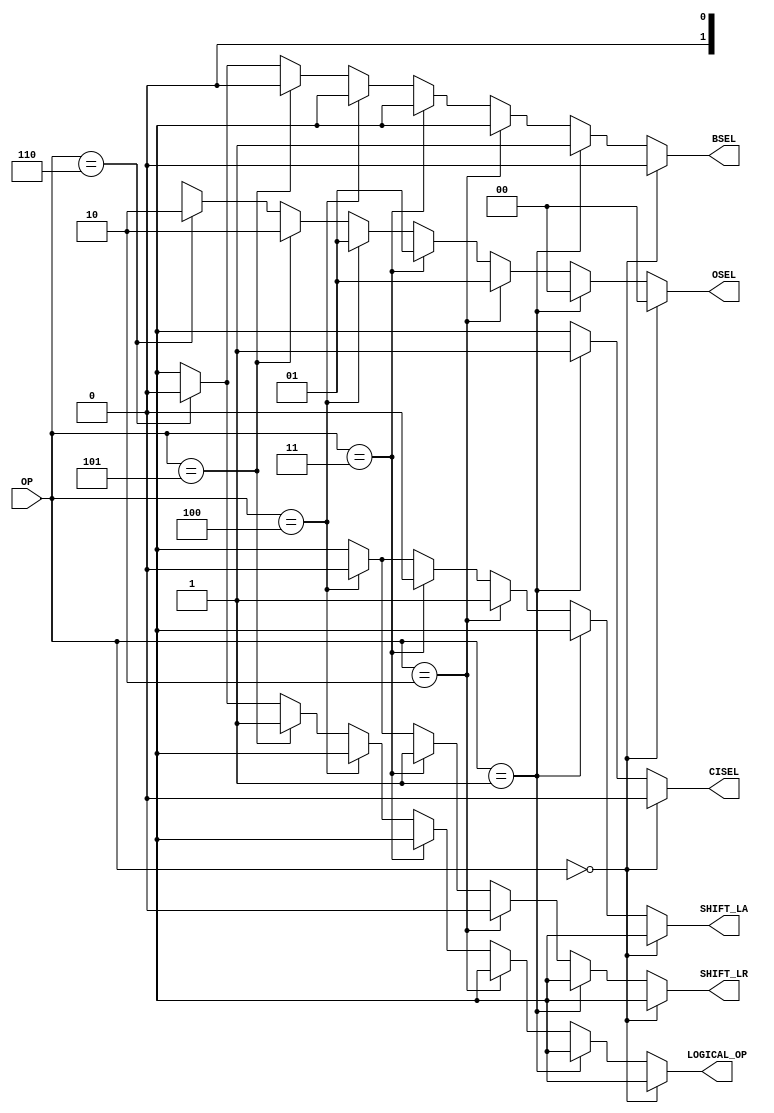
module control(OP, CISEL, BSEL, OSEL, SHIFT_LA, SHIFT_LR, LOGICAL_OP); // add other inputs and outputs here

// inputs (add others here)
	input [2:0] OP;


	output reg CISEL, BSEL,  SHIFT_LA, SHIFT_LR, LOGICAL_OP;
	output reg [1:0] OSEL;
// outputs (add others here)


// reg and internal variable definitions


// implement module here (add other control signals below)
	parameter [2:0] 
	ADD= 3'b000,
	SUB=3'b001,
	SRA=3'b010,
	SRL=3'b011,
	SLL=3'b100,
	AND=3'b101,
	OR=3'b110;
							
	
	always @(*)begin
	
		if (OP==ADD)begin
			BSEL=1'b0;CISEL=1'b0;OSEL=2'b00; SHIFT_LA=1'bx;SHIFT_LR=1'bx;LOGICAL_OP=1'bx;
		end
		else if (OP==SUB)begin
			BSEL=1'b1;CISEL=1'b1;OSEL=2'b00;SHIFT_LA=1'bx;SHIFT_LR=1'bx;LOGICAL_OP=1'bx;
		end
		else if (OP==SRA)begin
			BSEL=1'bx;CISEL=1'bx;OSEL=2'b01;SHIFT_LA=1'b1;SHIFT_LR=0;LOGICAL_OP=1'bx;
		end
		else if (OP==SRL)begin
			BSEL=1'bx;CISEL=1'bx;OSEL=2'b01;SHIFT_LA=0;SHIFT_LR=1;LOGICAL_OP=1'bx;
		end
		else if (OP==SLL)begin
			BSEL=1'bx;CISEL=1'bx;OSEL=2'b01;SHIFT_LA=0;SHIFT_LR=0;LOGICAL_OP=1'bx;
		end
		else if (OP==AND)begin
			BSEL=1'b0;CISEL=1'bx;OSEL=2'b10;SHIFT_LA=1'bx;SHIFT_LR=1'bx;LOGICAL_OP=1'b1;
		end
		else if (OP==OR)begin
			BSEL=1'b0;CISEL=1'bx;OSEL=2'b10;SHIFT_LA=1'bx;SHIFT_LR=1'bx;LOGICAL_OP=1'b0;
		end
		else begin
			BSEL=1'bx;CISEL=1'bx;OSEL=1'bx;SHIFT_LA=1'bx;SHIFT_LR=1'bx;LOGICAL_OP=1'bx;
		end
	end
endmodule